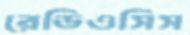
রেডিওসিস